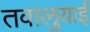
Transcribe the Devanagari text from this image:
तवालुयाई